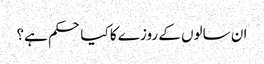
ان سالوں کے روزے کا کیا حکم ہے؟